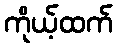
ကိုယ့်ထက်